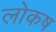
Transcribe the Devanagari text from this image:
लोकष